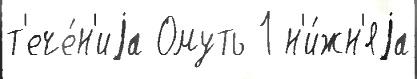
т'ече́н'иjа Омуть 1 н'и́жн'яjа